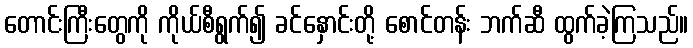
တောင်းကြီးတွေကို ကိုယ်စီရွက်၍ ခင်နှောင်းတို့ စောင်တန်း ဘက်ဆီ ထွက်ခဲ့ကြသည်။